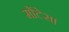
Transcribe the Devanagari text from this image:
मोंटेस।